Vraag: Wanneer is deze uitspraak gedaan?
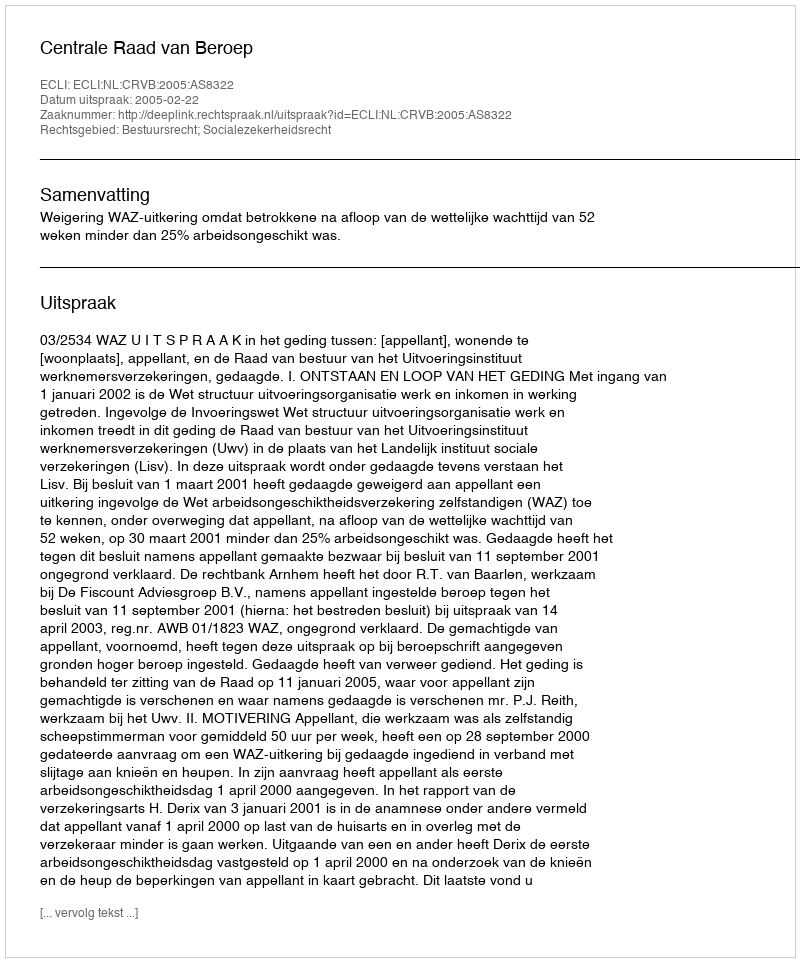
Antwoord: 2005-02-22